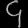
Digit: ၄